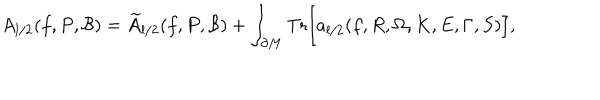
A _ { l / 2 } ( f , P , { \cal B } ) = { \widetilde A } _ { l / 2 } ( f , P , { \cal B } ) + \int _ { \partial M } \mathrm { { T r } } \Bigr [ a _ { l / 2 } ( f , R , \Omega , K , E , \Gamma , S ) \Bigr ] ,